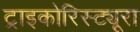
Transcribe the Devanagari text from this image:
ट्राइकोरिस्ट्यूरा